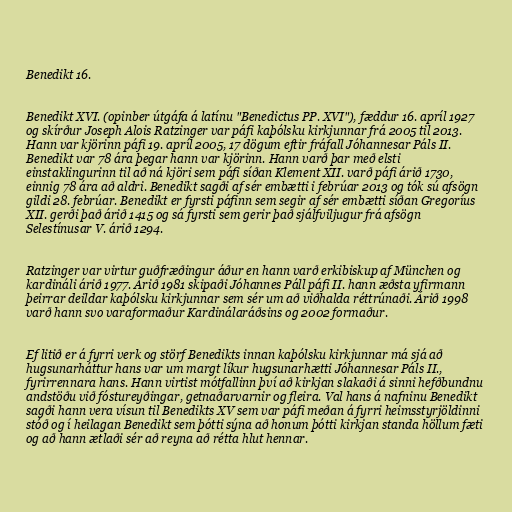
Benedikt 16.

Benedikt XVI. (opinber útgáfa á latínu "Benedictus PP. XVI"), fæddur 16. apríl 1927
og skírður Joseph Alois Ratzinger var páfi kaþólsku kirkjunnar frá 2005 til 2013.
Hann var kjörinn páfi 19. apríl 2005, 17 dögum eftir fráfall Jóhannesar Páls II.
Benedikt var 78 ára þegar hann var kjörinn. Hann varð þar með elsti
einstaklingurinn til að ná kjöri sem páfi síðan Klement XII. varð páfi árið 1730,
einnig 78 ára að aldri. Benedikt sagði af sér embætti i febrúar 2013 og tók sú afsögn
gildi 28. febrúar. Benedikt er fyrsti páfinn sem segir af sér embætti síðan Gregoríus
XII. gerði það árið 1415 og sá fyrsti sem gerir það sjálfviljugur frá afsögn
Selestínusar V. árið 1294.

Ratzinger var virtur guðfræðingur áður en hann varð erkibiskup af München og
kardináli árið 1977. Árið 1981 skipaði Jóhannes Páll páfi II. hann æðsta yfirmann
þeirrar deildar kaþólsku kirkjunnar sem sér um að viðhalda réttrúnaði. Árið 1998
varð hann svo varaformaður Kardinálaráðsins og 2002 formaður.

Ef litið er á fyrri verk og störf Benedikts innan kaþólsku kirkjunnar má sjá að
hugsunarháttur hans var um margt líkur hugsunarhætti Jóhannesar Páls II.,
fyrirrennara hans. Hann virtist mótfallinn því að kirkjan slakaði á sinni hefðbundnu
andstöðu við fóstureyðingar, getnaðarvarnir og fleira. Val hans á nafninu Benedikt
sagði hann vera vísun til Benedikts XV sem var páfi meðan á fyrri heimsstyrjöldinni
stóð og í heilagan Benedikt sem þótti sýna að honum þótti kirkjan standa höllum fæti
og að hann ætlaði sér að reyna að rétta hlut hennar.